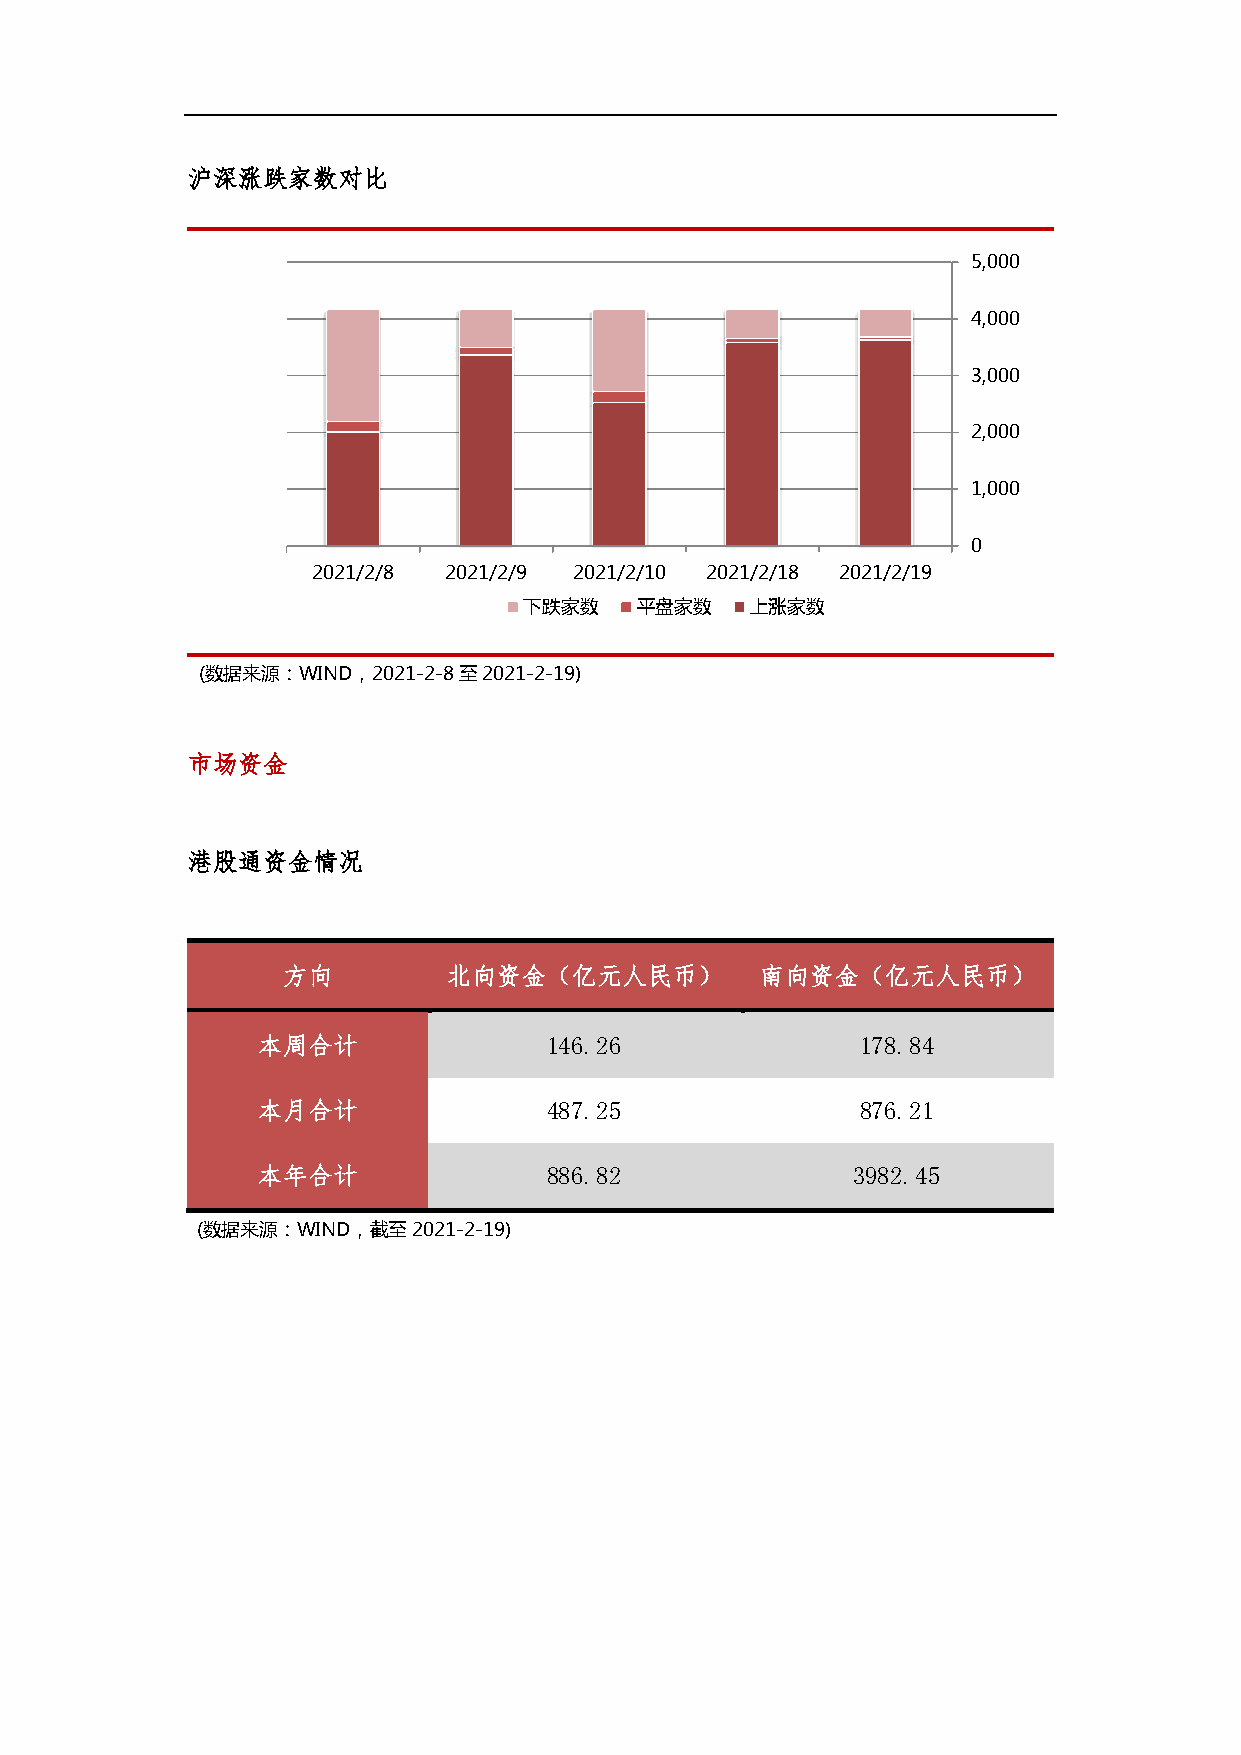
沪深涨跌家数对比
 5,000
 4,000
 3,000
 2,000
 1,000
 0
 2021/2/8 2021/2/9 2021/2/10 2021/2/18 2021/2/19
 下跌家数   平盘家数    上涨家数
 (数据来源：WIND，2021-2-8至2021-2-19)
 市场资金
 港股通资金情况
 方向         北向资金（亿元人民币）         南向资金（亿元人民币）
 本周合计               146.26               178.84
 本月合计               487.25               876.21
 本年合计               886.82              3982.45
 (数据来源：WIND，截至2021-2-19)